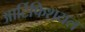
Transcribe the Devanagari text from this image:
आर्टिफिशयल